Indian journal of veterinary science and animal husbandry - Volume 2,
Year: 1932
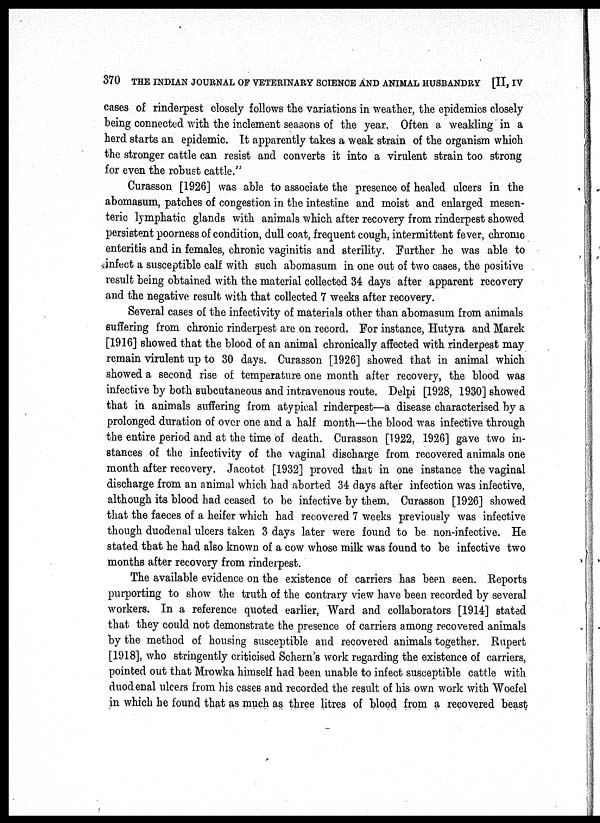
370 THE INDIAN JOURNAL OF VETERINARY SCIENCE AND ANIMAL HUSBANDRY [II, IV
cases of rinderpest closely follows the variations in weather, the epidemics closely
being connected with the inclement seasons of the year. Often a weakling in a
herd starts an epidemic. It apparently takes a weak strain of the organism which
the stronger cattle can resist and converts it into a virulent strain too strong
for even the robust cattle."
Curasson [1926] was able to associate the presence of healed ulcers in the
abomasum, patches of congestion in the intestine and moist and enlarged mesen-
teric lymphatic glands with animals which after recovery from rinderpest showed
persistent poorness of condition, dull coat, frequent cough, intermittent fever, chrome
enteritis and in females, chronic vaginitis and sterility. Further he was able to
infect a susceptible calf with such abomasum in one out of two cases, the positive
result being obtained with the material collected 34 days after apparent recovery
and the negative result with that collected 7 weeks after recovery.
Several cases of the infectivity of materials other than abomasum from animals
suffering from chronic rinderpest are on record. For instance, Hutyra and Marek
[1916] showed that the blood of an animal chronically affected with rinderpest may
remain virulent up to 30 days. Curasson [1926] showed that in animal which
showed a second rise of temperature one month after recovery, the blood was
infective by both subcutaneous and intravenous route. Delpi [1928, 1930] showed
that in animals suffering from atypical rinderpest—a disease characterised by a
prolonged duration of over one and a half month—the blood was infective through
the entire period and at the time of death. Curasson [1922, 1926] gave two in-
stances of the infectivity of the vaginal discharge from recovered animals one
month after recovery. Jacotot [1932] proved that in one instance the vaginal
discharge from an animal which had aborted 34 days after infection was infective,
although its blood had ceased to be infective by them. Curasson [1926] showed
that the faeces of a heifer which had recovered 7 weeks previously was infective
though duodenal ulcers taken 3 days later were found to be non-infective. He
stated that he had also known of a cow whose milk was found to be infective two
months after recovery from rinderpest.
The available evidence on the existence of carriers has been seen. Reports
purporting to show the truth of the contrary view have been recorded by several
workers. In a reference quoted earlier, Ward and collaborators [1914] stated
that they could not demonstrate the presence of carriers among recovered animals
by the method of housing susceptible and recovered animals together. Rupert
[1918], who stringently criticised Schern's work regarding the existence of carriers,
pointed out that Mrowka himself had been unable to infect susceptible cattle with
duodenal ulcers from his cases and recorded the result of his own work with Woefel
in which he found that as much as three litres of blood from a recovered beast